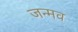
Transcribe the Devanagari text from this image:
जन्मव